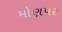
મોણપર